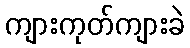
ကျားကုတ်ကျားခဲ